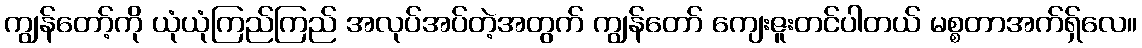
ကျွန်တော့်ကို ယုံယုံကြည်ကြည် အလုပ်အပ်တဲ့အတွက် ကျွန်တော် ကျေးဇူးတင်ပါတယ် မစ္စတာအက်ရှ်လေ။